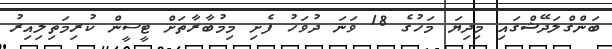
ބަންގްލަދޭޝްގައި މިދިޔަ މަހުގެ 18 ވަނަ ދުވަހު ފެށި މިމުބާރާތަށް ޓީސީން ކުރިމަތިލިއިރު